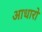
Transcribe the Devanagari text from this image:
आधारो